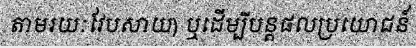
តាមរយៈវែបសាយ) ឬដើម្បីបន្តផលប្រយោជន៍